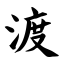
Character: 渡